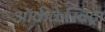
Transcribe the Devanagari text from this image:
ऑर्ककेस्विट्रा